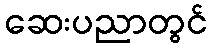
ဆေးပညာတွင်